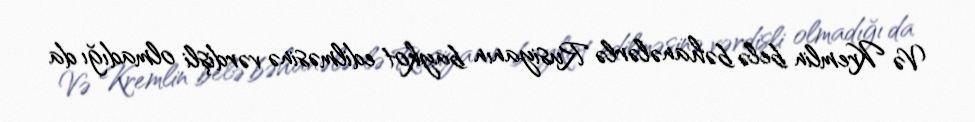
Və Kremlin belə bəhanələrlə Rusiyanın baykot edilməsinə vərdişli olmadığı da